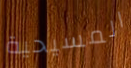
المسيحية